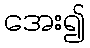
အေး၍